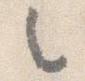
之